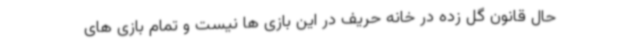
حال قانون گل زده در خانه حریف در این بازی ها نیست و تمام بازی های